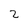
Character: 2